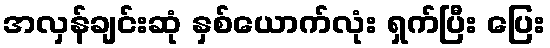
အလှန်ချင်းဆုံ နှစ်ယောက်လုံး ရှက်ပြီး ပြေး